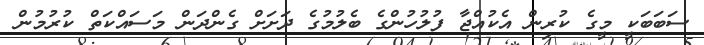
ސަބަބަކީ މީގެ ކުރިން އެކުއްޖާ ފުލުހުންގެ ބެލުމުގެ ދަށަށް ގެންދަން މަސައްކަތް ކުރުމުން